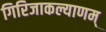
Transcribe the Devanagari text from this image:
गिरिजाकल्याणम्